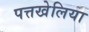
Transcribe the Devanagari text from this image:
पत्तखेलिया